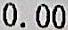
0.00